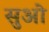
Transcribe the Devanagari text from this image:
सुओ